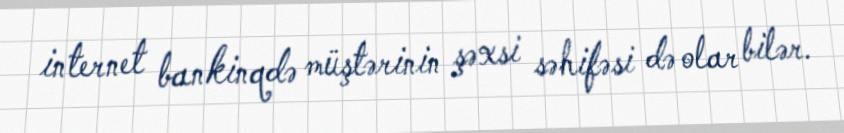
internet bankinqdə müştərinin şəxsi səhifəsi də olar bilər.